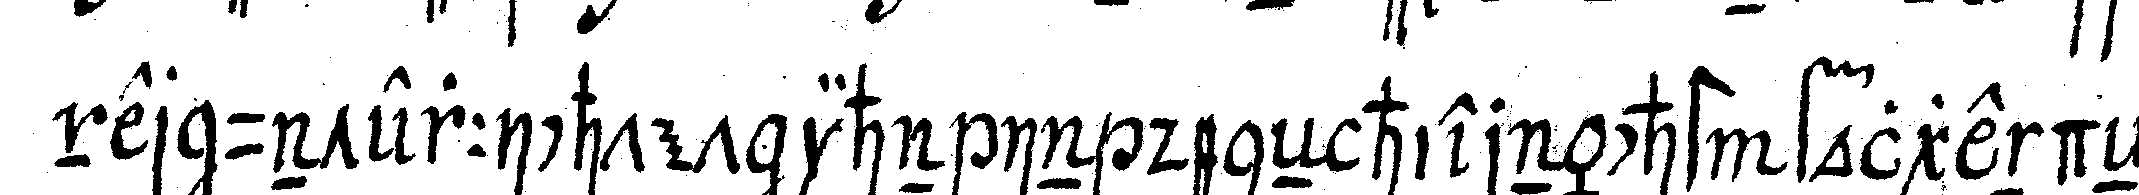
ner unterrichtet ihn in deneN hiernächst folgendeN